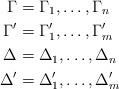
LaTeX: \begin{align*} \Gamma & = \Gamma_1, \dots, \Gamma_n \\ \Gamma' & = \Gamma_1', \dots, \Gamma_m'\\ \Delta & = \Delta_1, \dots, \Delta_n \\ \Delta' & = \Delta_1', \dots, \Delta_m'\end{align*}